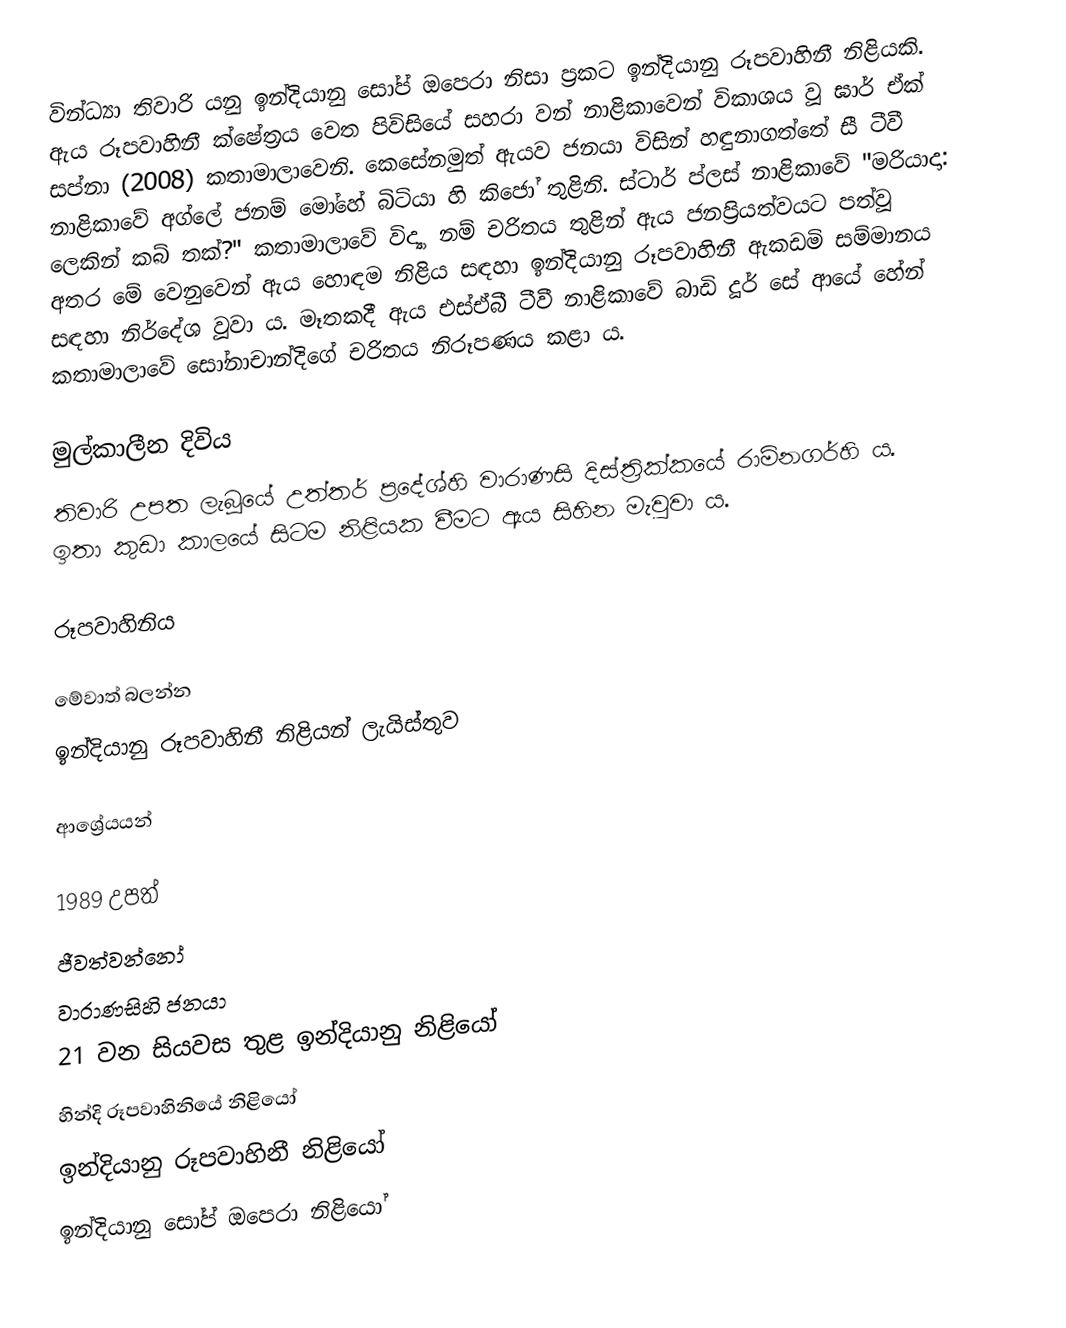
වින්ධ්‍යා තිවාරි යනු ඉන්දියානු සෝප් ඔපෙරා නිසා ප්‍රකට ඉන්දියානු රූපවාහිනී නිළියකි. ඇය රූපවාහිනී ක්ෂේත්‍රය වෙත පිවිසියේ සහරා වන් නාළිකාවෙන් විකාශය වූ ඝාර් ඒක් සප්නා (2008) කතාමාලාවෙනි. කෙසේනමුත් ඇයව ජනයා විසින් හඳුනාගත්තේ සී ටීවී නාළිකාවේ අග්ලේ ජනම් මෝහේ බිටියා හි කිජෝ තුළිනි. ස්ටාර් ප්ලස් නාළිකාවේ "මරියාදා: ලෙකින් කබ් තක්?" කතාමාලාවේ විද්‍යා නම් චරිතය තුළින් ඇය ජනප්‍රියත්වයට පත්වූ අතර මේ වෙනුවෙන් ඇය හොඳම නිළිය සඳහා ඉන්දියානු රූපවාහිනී ඇකඩමි සම්මානය සඳහා නිර්දේශ වූවා ය. මෑතකදී ඇය එස්ඒබී ටීවී නාළිකාවේ බාඩි දූර් සේ ආයේ හේන් කතාමාලාවේ සෝනාචාන්දිගේ චරිතය නිරූපණය කළා ය.

මුල්කාලීන දිවිය
තිවාරි උපත ලැබූයේ උත්තර් ප්‍රදේශ්හි වාරාණසි දිස්ත්‍රික්කයේ රාම්නගර්හි ය. ඉතා කුඩා කාලයේ සිටම නිළියක වීමට ඇය සිහින මැවුවා ය.

රූපවාහිනිය

මේවාත් බලන්න
ඉන්දියානු රූපවාහිනී නිළියන් ලැයිස්තුව

ආශ්‍රේයයන්

1989 උපත්
ජීවත්වන්නෝ
වාරාණසිහි ජනයා
21 වන සියවස තුළ ඉන්දියානු නිළියෝ
හින්දි රූපවාහිනියේ නිළියෝ
ඉන්දියානු රූපවාහිනී නිළියෝ
ඉන්දියානු සෝප් ඔපෙරා නිළියෝ